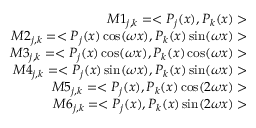
\begin{array} { r } { M 1 _ { j , k } = < P _ { j } ( x ) , P _ { k } ( x ) > } \\ { M 2 _ { j , k } = < P _ { j } ( x ) \cos ( \omega x ) , P _ { k } ( x ) \sin ( \omega x ) > } \\ { M 3 _ { j , k } = < P _ { j } ( x ) \cos ( \omega x ) , P _ { k } ( x ) \cos ( \omega x ) > } \\ { M 4 _ { j , k } = < P _ { j } ( x ) \sin ( \omega x ) , P _ { k } ( x ) \sin ( \omega x ) > } \\ { M 5 _ { j , k } = < P _ { j } ( x ) , P _ { k } ( x ) \cos ( 2 \omega x ) > } \\ { M 6 _ { j , k } = < P _ { j } ( x ) , P _ { k } ( x ) \sin ( 2 \omega x ) > } \end{array}